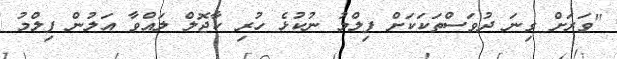
"ވަރަށް ގިނަ ދުވަސްތަކަކަށް ފިލްމު ނުކުޅެ ހުރި ކާޖޮލް ލައްވާ އަލުން ފިލްމު